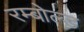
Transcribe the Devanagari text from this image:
रम्बोल्ड